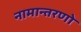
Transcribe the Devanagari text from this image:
नामान्तरणो